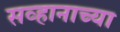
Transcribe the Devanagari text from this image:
सव्हानाच्या